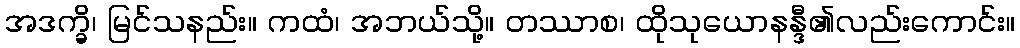
အဒက္ခိ၊ မြင်သနည်း။ ကထံ၊ အဘယ်သို့။ တဿာစ၊ ထိုသုယောနန္ဒီ၏လည်းကောင်း။